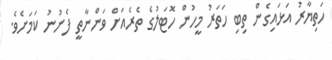
ހަތިޔާރު އަޅައިގެން ތިބި ހަތަރު މީހުން ހޮޓަލުގެ ތެރެއަށް ވަންނާތީ ފެނުނު ކަމަށެވެ.